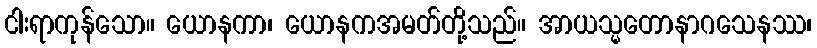
ငါးရာကုန်သော။ ယောနကာ၊ ယောနကအမတ်တို့သည်။ အာယသ္မတောနာဂသေနဿ၊